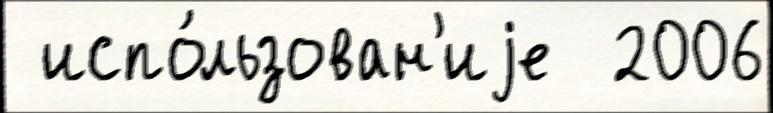
 испо́льзован'иjе  2006